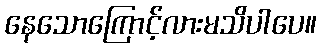
နေသောကြောင့်လားမသိပါပေ။